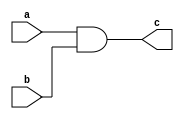
//???_E94084016
//use NAND gate to represent AND gate
module AND (c, a, b);

  input a,b;
  output c;
  wire n0;

  nand u0 (n0, a, b);
  nand u1 (c, n0, n0);

endmodule